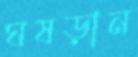
ঘষড়ান